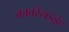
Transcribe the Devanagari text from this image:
काबरेहाइड्रेट